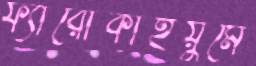
ফ্যারোকাইয়ুমে